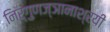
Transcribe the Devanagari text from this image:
निर्गुणज्ञानाश्रयी